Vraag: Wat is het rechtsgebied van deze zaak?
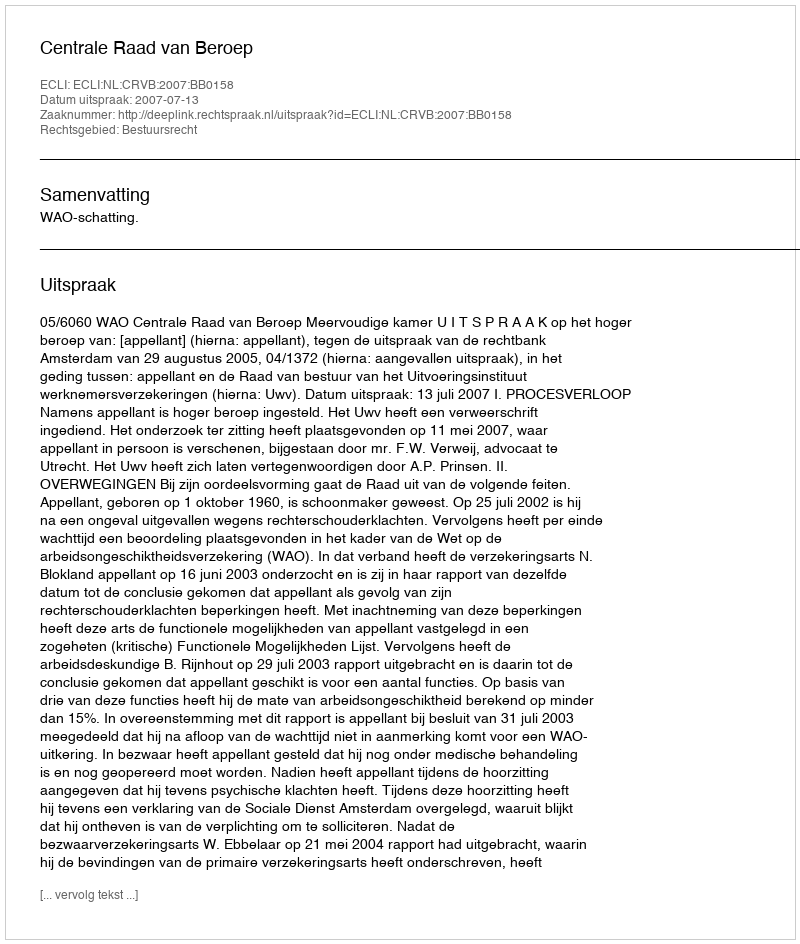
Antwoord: Bestuursrecht